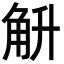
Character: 𮗤